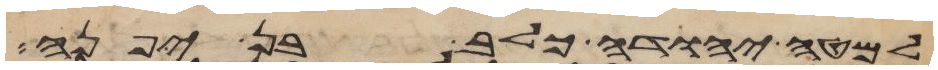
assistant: למטה יהודה כלב בן יפנה